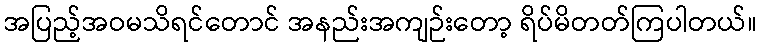
အပြည့်အဝမသိရင်တောင် အနည်းအကျဉ်းတော့ ရိပ်မိတတ်ကြပါတယ်။